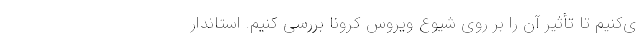
ی‌کنیم تا تأثیر آن را بر روی شیوع ویروس کرونا بررسی کنیم. استاندار